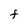
Character: F